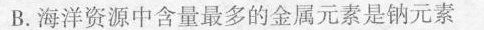
B.海洋资源中含量最多的金属元素是钠元素